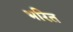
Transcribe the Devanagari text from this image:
भरित